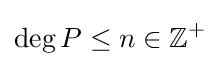
\deg P\leq n\in \mathbb {Z} ^{+}